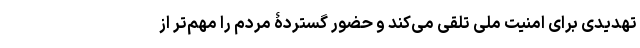
تهدیدی برای امنیت ملی تلقی می‌کند و حضور گستردۀ مردم را مهم‌تر از